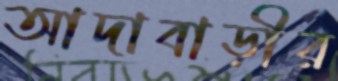
আদাবাড়ীর